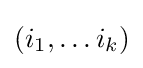
(i_{1},\dots i_{k})